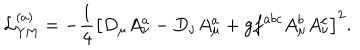
LaTeX: { \cal L } _ { \mathrm { Y M } } ^ { ( a ) } = - \frac 1 4 \left[ D _ { \mu } A _ { \nu } ^ { a } - D _ { \nu } A _ { \mu } ^ { a } + g f ^ { a b c } A _ { \mu } ^ { b } A _ { \nu } ^ { c } \right] ^ { 2 } .